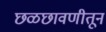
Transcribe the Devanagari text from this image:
छळछावणीतून